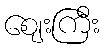
ဈေးကြီး